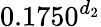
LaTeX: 0.1750^{d_{2}}